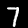
Digit: 7